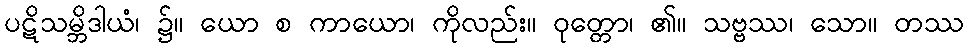
ပဋိသမ္ဘိဒါယံ၊ ၌။ ယော စ ကာယော၊ ကိုလည်း။ ဝုတ္တော၊ ၏။ သဗ္ဗဿ၊ သော။ တဿ